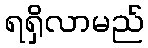
ရရှိလာမည်